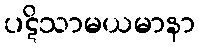
ပဋိသာမယမာနာ